Civil Veterinary Department Bihar & Orissa reports 1929-36 - 1929-1936
Year: 1929
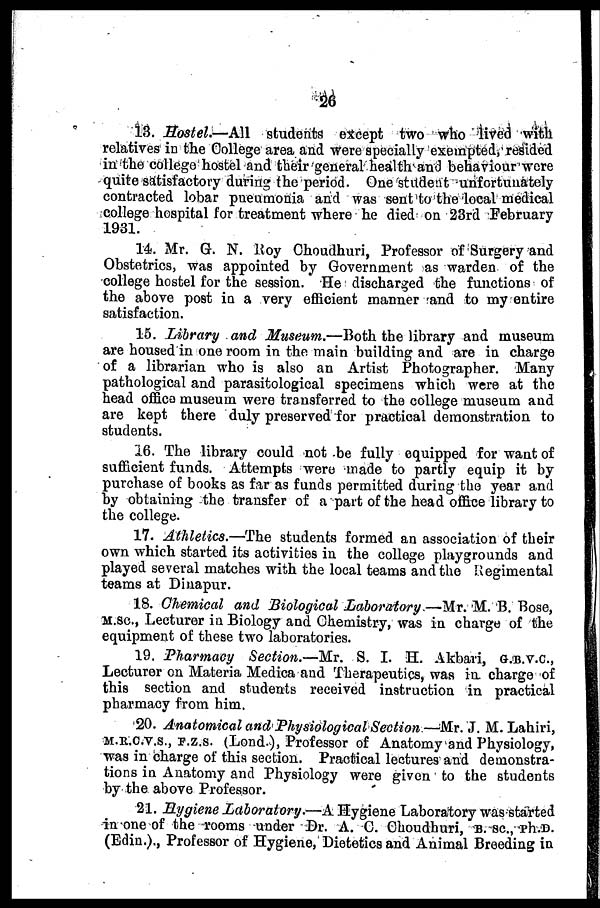
26
13. Hostel.—All
students except two who lived with
relatives in the College area and were specially exempted, resided
in the college hostel and their general health and behaviour were
quite satisfactory during the period. One student unfortunately
contracted lobar pneumonia and was sent to the local medical
college hospital for treatment where he died on 23rd February
1931.
14. Mr. G. N. Roy Ghoudhuri, Professor of Surgery and
Obstetrics, was appointed by Government as warden of the
college hostel for the session. He discharged the functions of
the above post in a very efficient manner and to my entire
satisfaction.
15. Library and Museum.—Both the library and museum
are housed in one room in the main building and are in charge
of a librarian who is also an Artist Photographer. Many
pathological and parasitological specimens which were at the
head office museum were transferred to the college museum and
are kept there duly preserved for practical demonstration to
students.
26. The library could not be fully equipped for want of
sufficient funds. Attempts were made to partly equip it by
purchase of books as far as funds permitted during the year and
by obtaining the transfer of a part of the head office library to
the college.
17. Athletics.—The students formed an association of their
own which started its activities in the college playgrounds and
played several matches with the local teams and the Regimental
teams at Dinapur.
18. Chemical and Biological Laboratory —Mr. M. B. Bose,
M.sc, Lecturer in Biology and Chemistry, was in charge of the
equipment of these two laboratories.
19. Pharmacy Section.—Mr. S. I. H. Akbari, G.B.V.C.,
Lecturer on Materia Medica and Therapeutics, was in. charge of
this section and students received instruction in practical
pharmacy from him.
20. Anatomical and Physiological Section —Mr. J. M. Lahiri,
M.A.R.C.V.S., F.Z.S. (Lond.), Professor of Anatomy and Physiology,
was in charge of this section. Practical lectures and demonstra-
tions in Anatomy and Physiology were given to the students
by the above Professor.
21. Hygiene Laboratory.—A Hygiene Laboratory was started
in one of the rooms under Br. A. C. Choudhuri, B. SC., Ph.D.
(Edin.)., Professor of Hygiene, Dietetics and Animal Breeding in